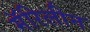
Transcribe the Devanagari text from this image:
मॅरिलीन